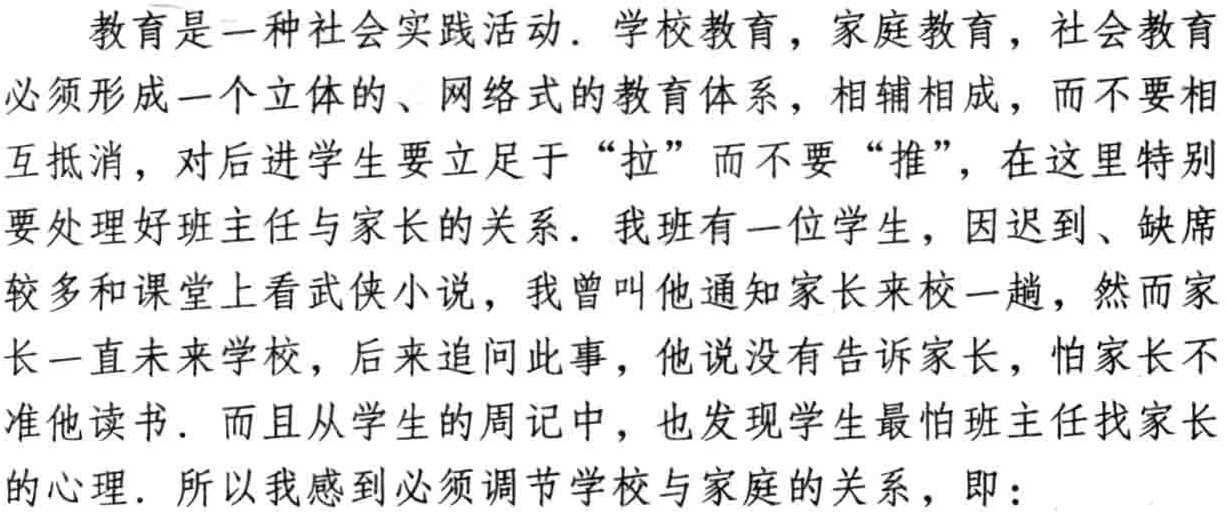
教育是一种社会实践活动. 学校教育, 家庭教育, 社会教育

必须形成一个立体的、网络式的教育体系, 相辅相成, 而不要相

互抵消, 对后进学生要立足于 “拉” 而不要 “推”, 在这里特别

要处理好班主任与家长的关系. 我班有一位学生, 因迟到、缺席

较多和课堂上看武侠小说, 我曾叫他通知家长来校一趟, 然而家

长一直未来学校, 后来追问此事, 他说没有告诉家长, 怕家长不

准他读书. 而且从学生的周记中, 也发现学生最怕班主任找家长

的心理. 所以我感到必须调节学校与家庭的关系, 即：